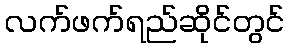
လက်ဖက်ရည်ဆိုင်တွင်